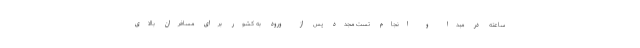
ساعته در مبدا و انجام تست مجدد پس از ورود به کشور برای مسافران بالای